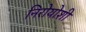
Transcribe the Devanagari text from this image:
निरोयोशी